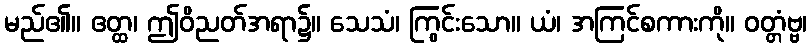
မည်၏။ ဧတ္ထ၊ ဤဝိညတ်အရာ၌။ သေသံ၊ ကြွင်းသော။ ယံ၊ အကြင်စကားကို။ ဝတ္တံဗ္ဗ၊